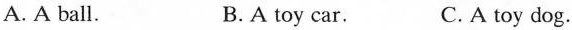
A. A ball. B.A toy car. C. A toy dog.